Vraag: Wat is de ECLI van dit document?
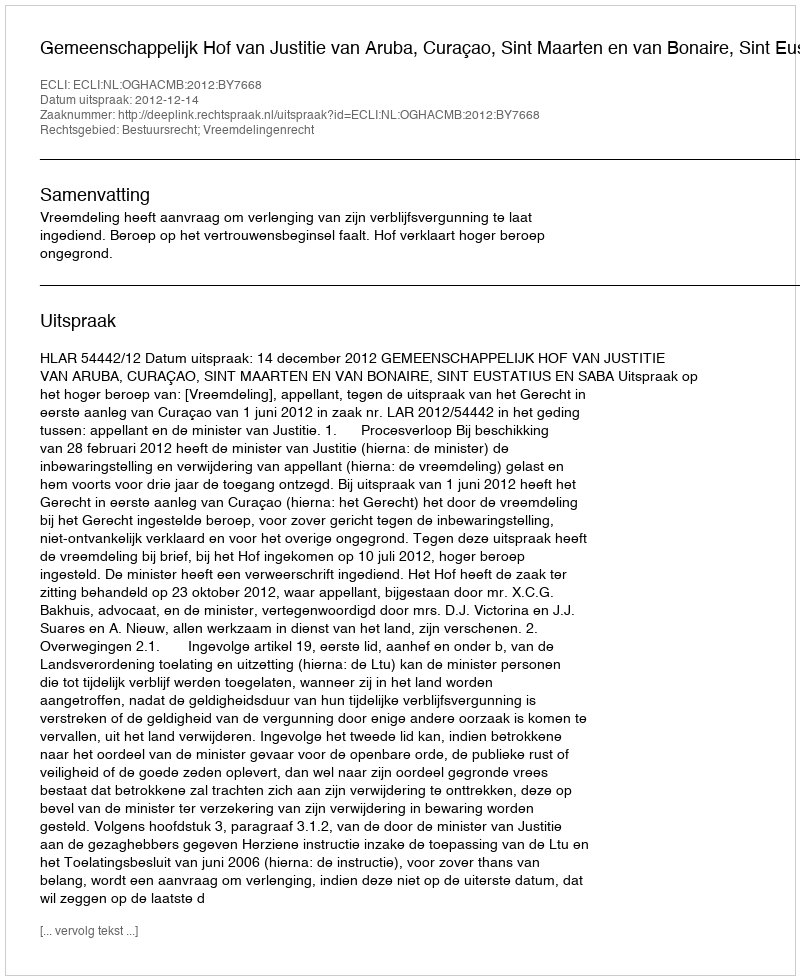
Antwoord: ECLI:NL:OGHACMB:2012:BY7668